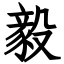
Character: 毅